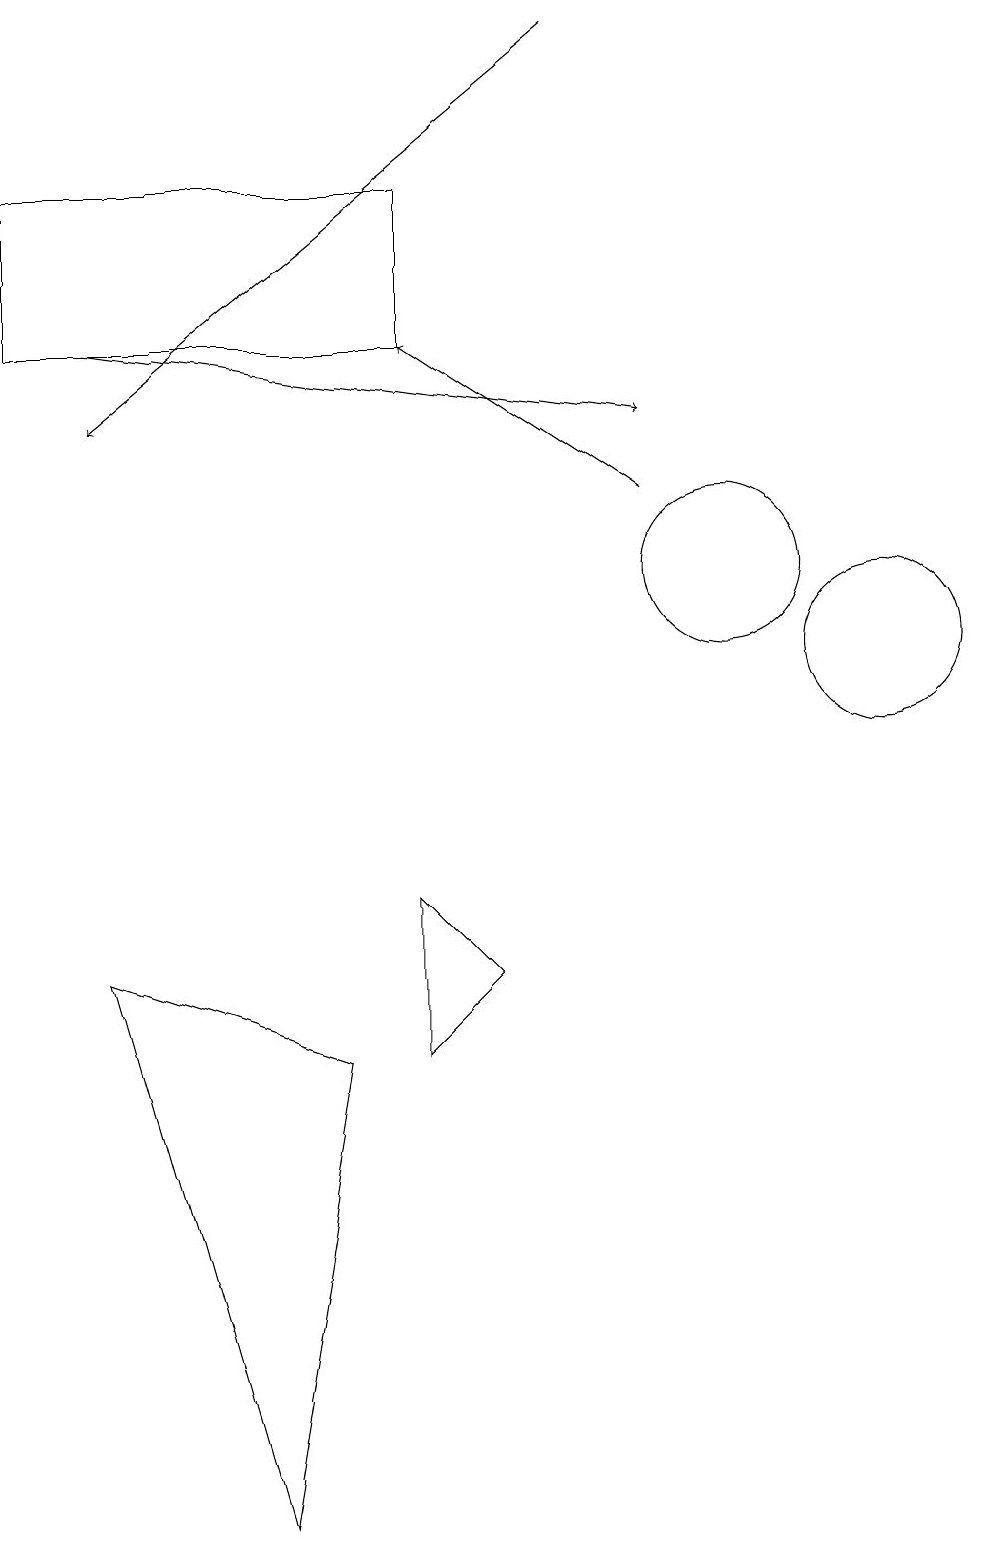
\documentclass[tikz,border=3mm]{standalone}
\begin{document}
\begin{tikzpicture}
\draw (4,0) -- (5,6) -- (2,7) -- cycle;
\draw (7,7) -- (6,6) -- (6,8) -- cycle;
\draw[->] (2,15) -- (9,14);
\draw (10,12) circle (1);
\draw[->] (8,19) -- (2,14);
\draw (6,15) rectangle (1,17);
\draw[->] (9,13) -- (6,15);
\draw (12,11) circle (1);
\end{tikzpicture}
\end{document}